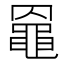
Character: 𪓙